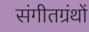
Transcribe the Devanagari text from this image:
संगीतग्रंथों